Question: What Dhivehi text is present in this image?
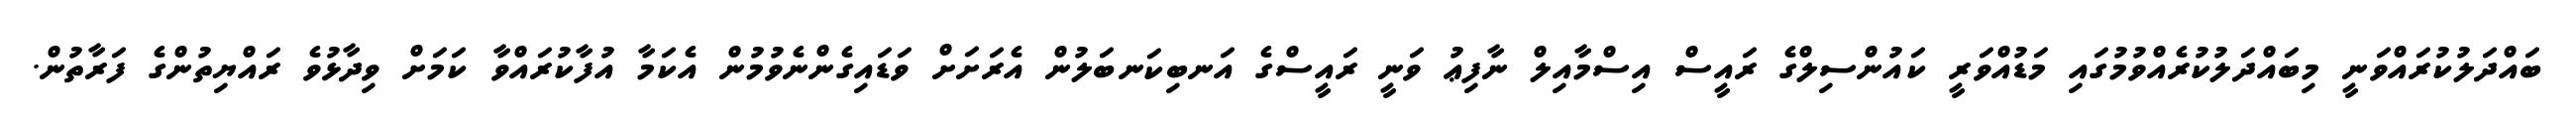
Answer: ބައްދަލުކުރައްވަނީ މިބައްދަލުކުރެއްވުމުގައި މަޑުއްވަރީ ކައުންސިލްގެ ރައީސް އިސްމާއިލް ނާފިޢު ވަނީ ރައީސްގެ އަނބިކަނބަލުން އެރަށަށް ވަޑައިގެންނެވުމުން އެކަމާ އުފާކުރައްވާ ކަމަށް ވިދާޅުވެ ރައްޔިތުންގެ ފަރާތުން.